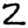
Digit: 2